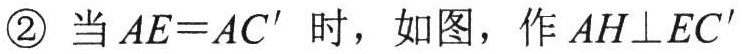
\textcircled{2} 当 \(AE = AC'\) 时，如图，作 \(AH\perp EC'\)